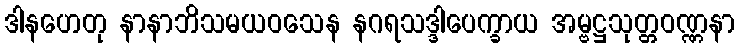
ဒါနဟေတု နာနာဘိသမယဝသေန နဂရသဒ္ဒါပေက္ခာယ အမ္ဗဋ္ဌသုတ္တဝဏ္ဏနာ